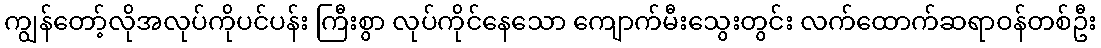
ကျွန်တော့်လိုအလုပ်ကိုပင်ပန်း ကြီးစွာ လုပ်ကိုင်နေသော ကျောက်မီးသွေးတွင်း လက်ထောက်ဆရာဝန်တစ်ဦး